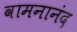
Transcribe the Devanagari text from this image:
वामनानंद